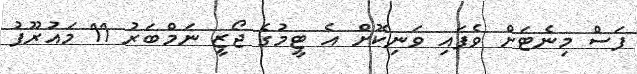
ފަސް މިނެޓަށް ވެފައި ވަނިކޮށް އެ ޓީމުގެ ޖޯޒީ ނަމްބަރު 11 މައުރޫފު